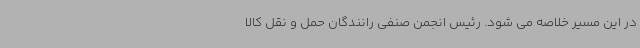
در این مسیر خلاصه می شود. رئیس انجمن صنفی رانندگان حمل و نقل کالا